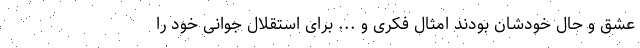
عشق و حال خودشان بودند امثال فکری و ... برای استقلال جوانی خود را